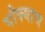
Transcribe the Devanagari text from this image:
चौक्याच